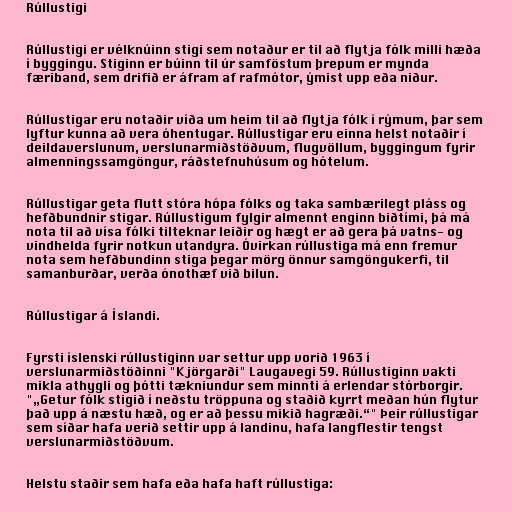
Rúllustigi

Rúllustigi er vélknúinn stigi sem notaður er til að flytja fólk milli hæða
í byggingu. Stiginn er búinn til úr samföstum þrepum er mynda
færiband, sem drifið er áfram af rafmótor, ýmist upp eða niður.

Rúllustigar eru notaðir víða um heim til að flytja fólk í rýmum, þar sem
lyftur kunna að vera óhentugar. Rúllustigar eru einna helst notaðir í
deildaverslunum, verslunarmiðstöðvum, flugvöllum, byggingum fyrir
almenningssamgöngur, ráðstefnuhúsum og hótelum.

Rúllustigar geta flutt stóra hópa fólks og taka sambærilegt pláss og
hefðbundnir stigar. Rúllustigum fylgir almennt enginn biðtími, þá má
nota til að vísa fólki tilteknar leiðir og hægt er að gera þá vatns- og
vindhelda fyrir notkun utandyra. Óvirkan rúllustiga má enn fremur
nota sem hefðbundinn stiga þegar mörg önnur samgöngukerfi, til
samanburðar, verða ónothæf við bilun.

Rúllustigar á Íslandi.

Fyrsti íslenski rúllustiginn var settur upp vorið 1963 í
verslunarmiðstöðinni "Kjörgarði" Laugavegi 59. Rúllustiginn vakti
mikla athygli og þótti tækniundur sem minnti á erlendar stórborgir.
"„Getur fólk stigið í neðstu tröppuna og staðið kyrrt meðan hún flytur
það upp á næstu hæð, og er að þessu mikið hagræði.“" Þeir rúllustigar
sem síðar hafa verið settir upp á landinu, hafa langflestir tengst
verslunarmiðstöðvum.

Helstu staðir sem hafa eða hafa haft rúllustiga: